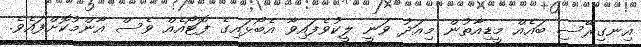
އިނގިރޭސި ބައެއް މީޑިއާތުން މިއަދު ވަނީ ލީކުވެފައިވާ އެބޯޅައިގެ ފޮޓޯއެއް ވެސް އާންމުކޮށްފައެވެ.